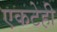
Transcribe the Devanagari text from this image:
एकटेही